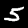
Label: 5